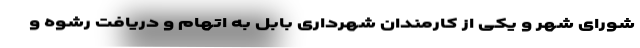
شورای شهر و یکی از کارمندان شهرداری بابل به اتهام و دریافت رشوه و